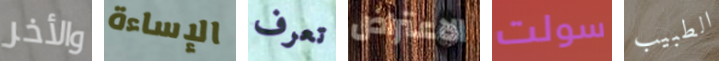
والأخر الإساءة تعرف الاعتراض سولت الطبيب